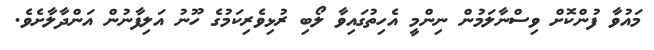
މައުވާ ފުންކޮށް ވިސްނާލަމުން ނިންމީ އެހިތުގައިވާ ލޯބި ރުޅިވެރިކަމުގެ ހޫނު އަލިފާނުން އަންދާލާށެވެ.